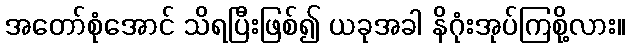
အတော်စုံအောင် သိရပြီးဖြစ်၍ ယခုအခါ နိဂုံးအုပ်ကြစို့လား။